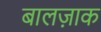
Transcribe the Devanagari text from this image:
बालज़ाक